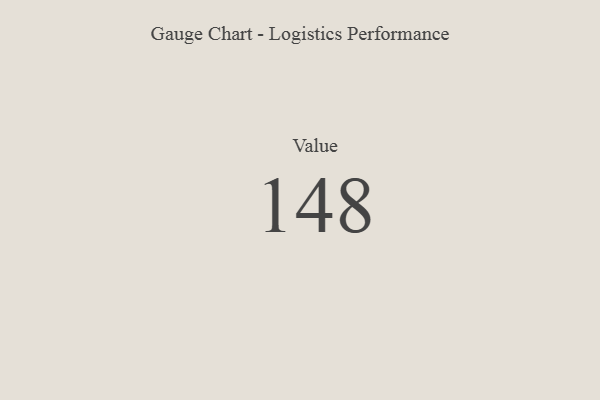
{"axis": {"x": "Metric", "y": "Value"}, "legend": [""], "data": [{"x": "Value", "y": 148, "type": ""}]}